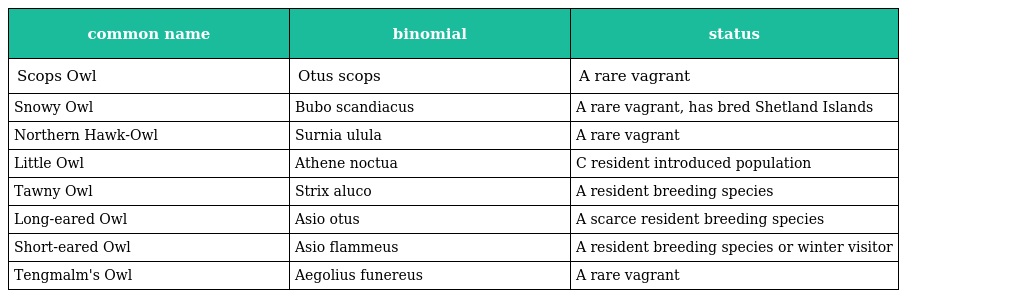
| common name | binomial | status |
 | --- | --- | --- |
 | Scops Owl | Otus scops | A rare vagrant |
 | Snowy Owl | Bubo scandiacus | A rare vagrant, has bred Shetland Islands |
 | Northern Hawk-Owl | Surnia ulula | A rare vagrant |
 | Little Owl | Athene noctua | C resident introduced population |
 | Tawny Owl | Strix aluco | A resident breeding species |
 | Long-eared Owl | Asio otus | A scarce resident breeding species |
 | Short-eared Owl | Asio flammeus | A resident breeding species or winter visitor |
 | Tengmalm's Owl | Aegolius funereus | A rare vagrant |